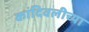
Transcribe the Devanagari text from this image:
कांदिवलीच्या